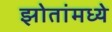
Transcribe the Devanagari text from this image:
झोतांमध्ये